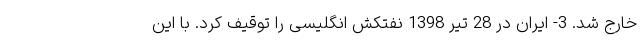
خارج شد. 3- ایران در 28 تیر 1398 نفتکش انگلیسی را توقیف کرد. با این